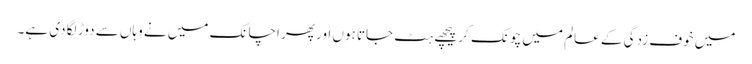
میں خوف زدگی کے عالم میں چونک کر پیچھے ہٹ جاتا ہوں اور پھر اچانک میں نے وہاں سے دوڑ لگا دی ہے۔